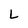
Character: L